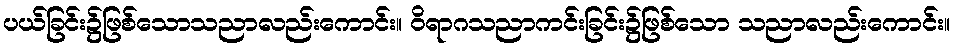
ပယ်ခြင်း၌ဖြစ်သောသညာလည်းကောင်း။ ဝိရာဂသညာကင်းခြင်း၌ဖြစ်သော သညာလည်းကောင်း။